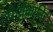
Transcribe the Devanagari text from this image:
जीविकाविहीन